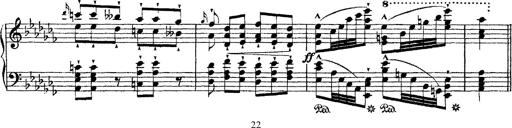
Title: Ã‰tudes d'exÃ©cution transcendante d'aprÃ¨s Paganini
Composer: Franz Liszt